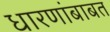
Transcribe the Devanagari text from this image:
धारणांबाबत